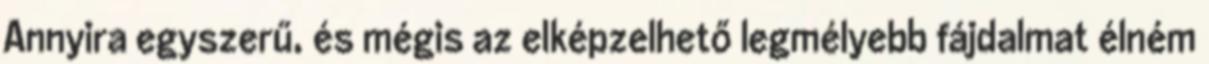
Annyira egyszerű, és mégis az elképzelhető legmélyebb fájdalmat élném